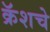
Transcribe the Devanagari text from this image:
क्रॅशचे